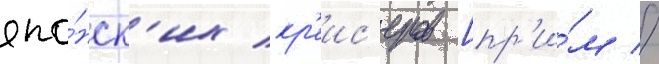
япо́нск'их кр'еис'еров [пр'и́м //